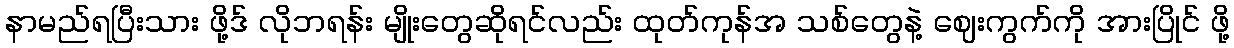
နာမည်ရပြီးသား ဖို့ဒ် လိုဘရန်း မျိုးတွေဆိုရင်လည်း ထုတ်ကုန်အ သစ်တွေနဲ့ ဈေးကွက်ကို အားပြိုင် ဖို့